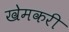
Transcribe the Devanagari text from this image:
खेमकरी